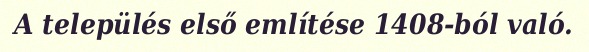
A település első említése 1408-ból való.